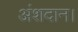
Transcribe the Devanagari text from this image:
अंशदान।